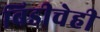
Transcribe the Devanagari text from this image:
बिडीचेही